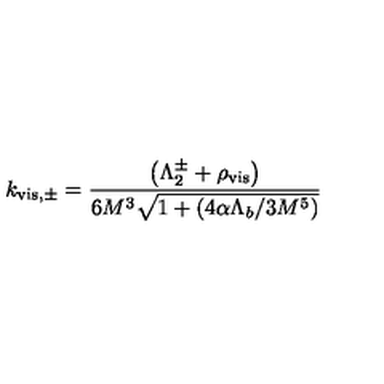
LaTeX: k _ { \mathrm { v i s , \pm } } = { \frac { \left( \Lambda _ { 2 } ^ { \pm } + \rho _ { \mathrm { v i s } } \right) } { 6 M ^ { 3 } \sqrt { 1 + ( { 4 \alpha \Lambda _ { b } } / { 3 M ^ { 5 } } ) } } }